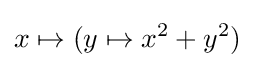
x\mapsto (y\mapsto x^{2}+y^{2})